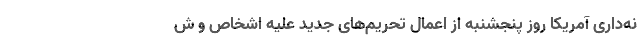
نه‌داری آمریکا روز پنجشنبه از اعمال تحریم‌های جدید علیه اشخاص و ش